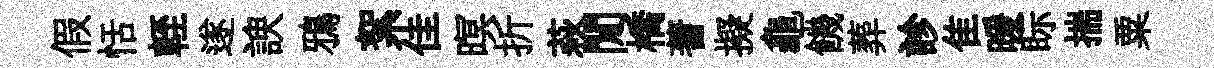
假恬輊遂諛鴉絮佳暝折萩閒橋蓍擬龜饑葬診隹暖眎揣粟